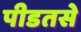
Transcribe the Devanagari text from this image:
पीडतसे